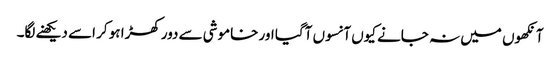
آنکھوں میں نہ جانے کیوں آنسوں آگیا اور خاموشی سے دور کھڑا ہو کر اسے دیکھنے لگا۔